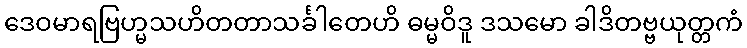
ဒေဝမာရဗြဟ္မသဟိတတာသင်္ခါတေဟိ ဓမ္မဝိဒူ ဒသမော ခါဒိတဗ္ဗယုတ္တကံ